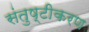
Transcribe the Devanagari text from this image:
संतुष्टीकरण